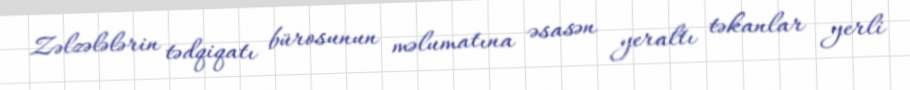
Zəlzələlərin tədqiqatı bürosunun məlumatına əsasən yeraltı təkanlar yerli